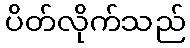
ပိတ်လိုက်သည်